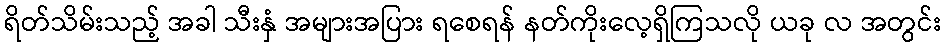
ရိတ်သိမ်းသည့် အခါ သီးနှံ အများအပြား ရစေရန် နတ်ကိုးလေ့ရှိကြသလို ယခု လ အတွင်း